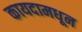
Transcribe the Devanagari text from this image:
कायदामधून